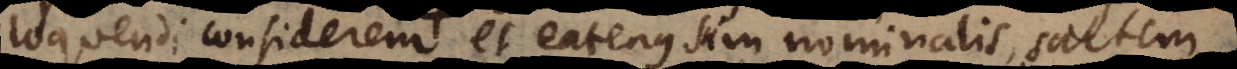
loquendi considerem, et eatenus sum nominalis, saltem